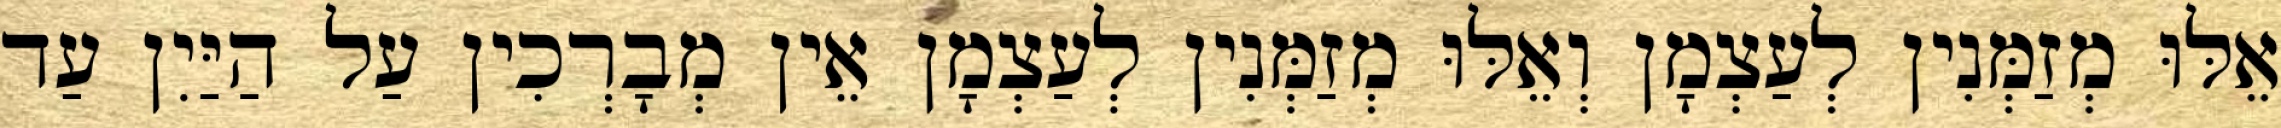
אֵלּוּ מְזַמְּנִין לְעַצְמָן וְאֵלּוּ מְזַמְּנִין לְעַצְמָן אֵין מְבָרְכִין עַל הַיַּיִן עַד